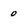
Character: O